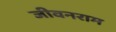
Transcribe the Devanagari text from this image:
जीवनराम